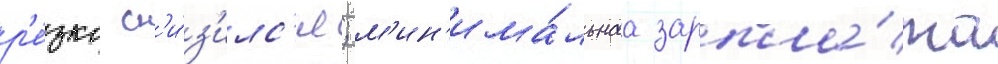
р'е́зко сн'и́з'илс'я; м'ин'има́льнаа зарпла́та